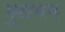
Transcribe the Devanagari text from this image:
बुशमन